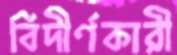
বিদীর্ণকারী